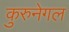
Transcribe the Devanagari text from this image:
कुरुनेगल